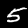
Label: 5